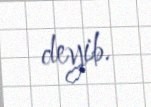
deyib.